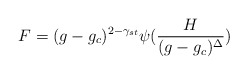
\begin{align*}F = ( g - g_{c} )^{2-\gamma_{st}}\psi( {H\over{(g - g_{c})^{\Delta}}} )\end{align*}